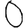
Digit: 0